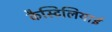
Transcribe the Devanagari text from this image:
कैस्टिलियाई